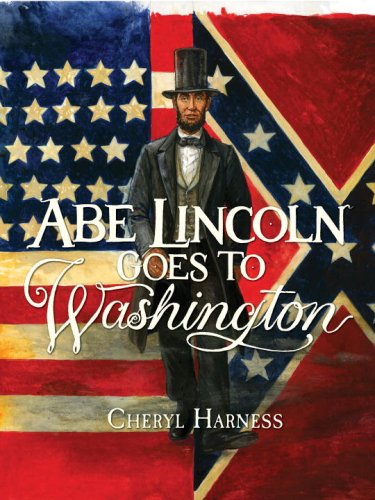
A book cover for Abe Lincoln Goes to Washington: 1837-1865; Cheryl Harness; Children's Books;